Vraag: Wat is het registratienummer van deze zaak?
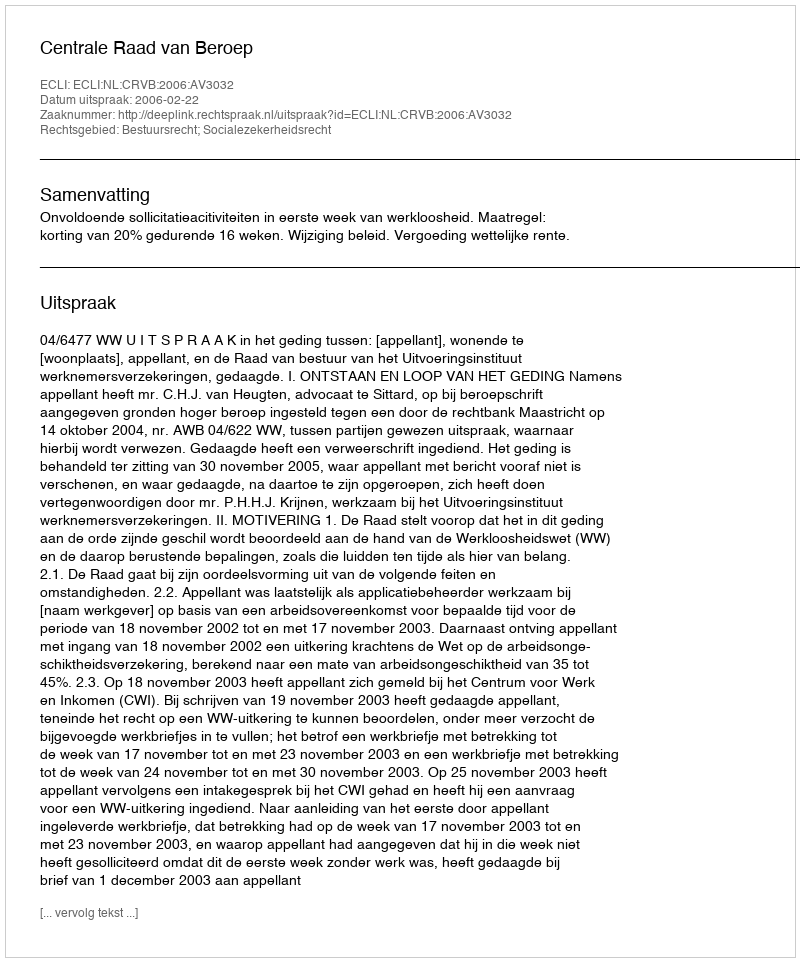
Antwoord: http://deeplink.rechtspraak.nl/uitspraak?id=ECLI:NL:CRVB:2006:AV3032